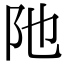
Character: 阤